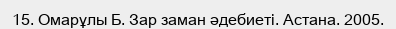
15. Омарұлы Б. Зар заман әдебиеті. Астана. 2005.